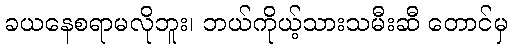
ခယနေစရာမလိုဘူး၊ ဘယ်ကိုယ့်သားသမီးဆီ တောင်မှ